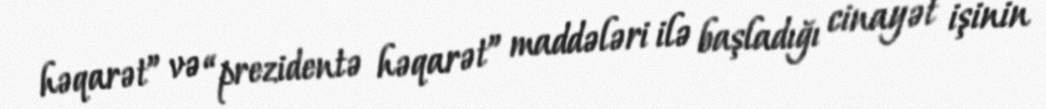
həqarət” və “prezidentə həqarət” maddələri ilə başladığı cinayət işinin